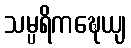
သမ္ပရိကဍ္ဎေယျ